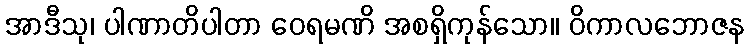
အာဒီသု၊ ပါဏာတိပါတာ ဝေရမဏိ အစရှိကုန်သော။ ဝိကာလဘောဇန